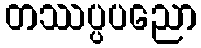
တဿပ္ပပညော